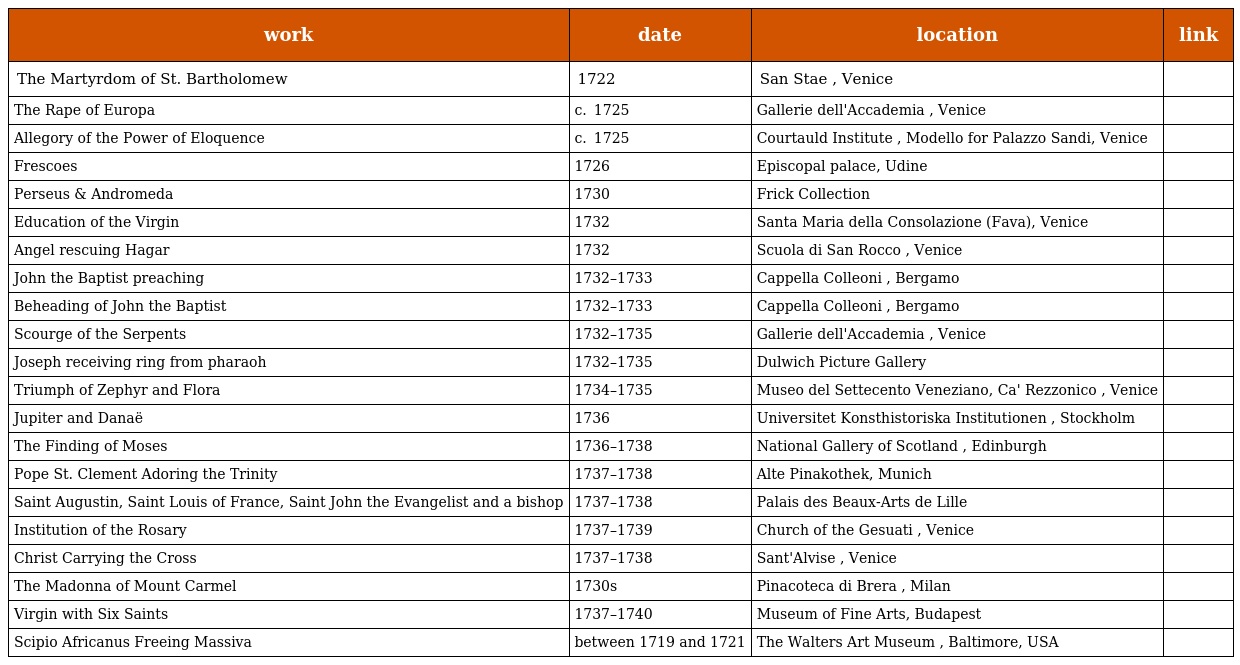
| work | date | location | link |
 | --- | --- | --- | --- |
 | The Martyrdom of St. Bartholomew | 1722 | San Stae , Venice |  |
 | The Rape of Europa | c.  1725 | Gallerie dell'Accademia , Venice |  |
 | Allegory of the Power of Eloquence | c.  1725 | Courtauld Institute , Modello for Palazzo Sandi, Venice |  |
 | Frescoes | 1726 | Episcopal palace, Udine |  |
 | Perseus & Andromeda | 1730 | Frick Collection |  |
 | Education of the Virgin | 1732 | Santa Maria della Consolazione (Fava), Venice |  |
 | Angel rescuing Hagar | 1732 | Scuola di San Rocco , Venice |  |
 | John the Baptist preaching | 1732–1733 | Cappella Colleoni , Bergamo |  |
 | Beheading of John the Baptist | 1732–1733 | Cappella Colleoni , Bergamo |  |
 | Scourge of the Serpents | 1732–1735 | Gallerie dell'Accademia , Venice |  |
 | Joseph receiving ring from pharaoh | 1732–1735 | Dulwich Picture Gallery |  |
 | Triumph of Zephyr and Flora | 1734–1735 | Museo del Settecento Veneziano, Ca' Rezzonico , Venice |  |
 | Jupiter and Danaë | 1736 | Universitet Konsthistoriska Institutionen , Stockholm |  |
 | The Finding of Moses | 1736–1738 | National Gallery of Scotland , Edinburgh |  |
 | Pope St. Clement Adoring the Trinity | 1737–1738 | Alte Pinakothek, Munich |  |
 | Saint Augustin, Saint Louis of France, Saint John the Evangelist and a bishop | 1737–1738 | Palais des Beaux-Arts de Lille |  |
 | Institution of the Rosary | 1737–1739 | Church of the Gesuati , Venice |  |
 | Christ Carrying the Cross | 1737–1738 | Sant'Alvise , Venice |  |
 | The Madonna of Mount Carmel | 1730s | Pinacoteca di Brera , Milan |  |
 | Virgin with Six Saints | 1737–1740 | Museum of Fine Arts, Budapest |  |
 | Scipio Africanus Freeing Massiva | between 1719 and 1721 | The Walters Art Museum , Baltimore, USA |  |